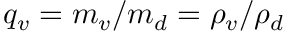
q _ { v } = m _ { v } / m _ { d } = \rho _ { v } / \rho _ { d }